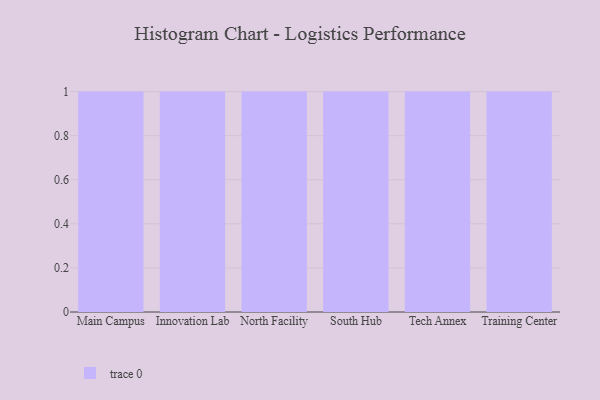
{"axis": {"x": "Campus", "y": "Churn Rate (%)"}, "legend": [""], "data": [{"x": "Main Campus", "y": 32, "type": ""}, {"x": "Innovation Lab", "y": 3, "type": ""}, {"x": "North Facility", "y": 27, "type": ""}, {"x": "South Hub", "y": 63, "type": ""}, {"x": "Tech Annex", "y": 13, "type": ""}, {"x": "Training Center", "y": 99, "type": ""}]}